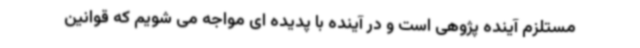
مستلزم آینده پژوهی است و در آینده با پدیده ای مواجه می شویم که قوانین